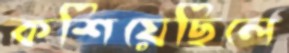
কশিয়েছিলে